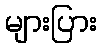
များပြား